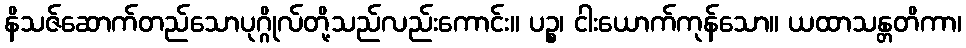
နိသဇ်ဆောက်တည်သောပုဂ္ဂိုလ်တို့သည်လည်းကောင်း။ ပဉ္စ၊ ငါးယောက်ကုန်သော။ ယထာသန္တတိကာ၊